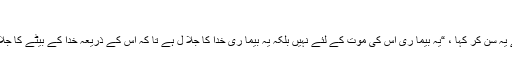
”
4 یسوع نے یہ سنُ کر کہا ، “یہ بیما ری اس کی موت کے لئے نہیں بلکہ یہ بیما ری خدا کا جلا ل ہے تا کہ اس کے ذریعہ خدا کے بیٹے کا جلا ل ظاہر ہو۔